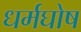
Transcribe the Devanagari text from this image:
धर्मघोष